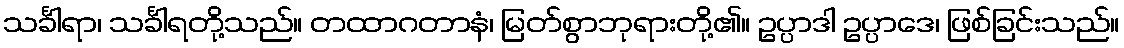
သင်္ခါရာ၊ သင်္ခါရတို့သည်။ တထာဂတာနံ၊ မြတ်စွာဘုရားတို့၏။ ဥပ္ပာဒါ ဥပ္ပာဒေ၊ ဖြစ်ခြင်းသည်။